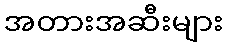
အတားအဆီးများ